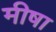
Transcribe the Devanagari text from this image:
मीषा